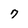
Character: 7